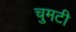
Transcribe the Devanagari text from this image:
चुमटी